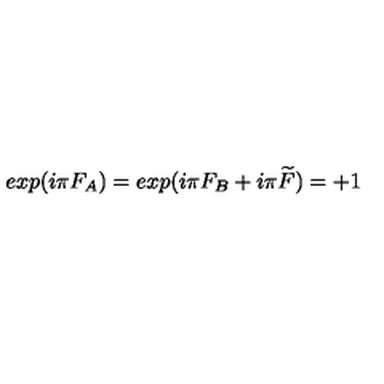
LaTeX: e x p ( i \pi F _ { A } ) = e x p ( i \pi F _ { B } + i \pi \widetilde { F } ) = + 1